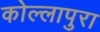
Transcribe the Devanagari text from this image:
कोल्लापुरा